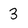
Character: 3